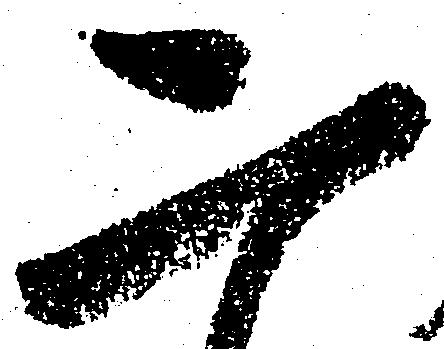
二